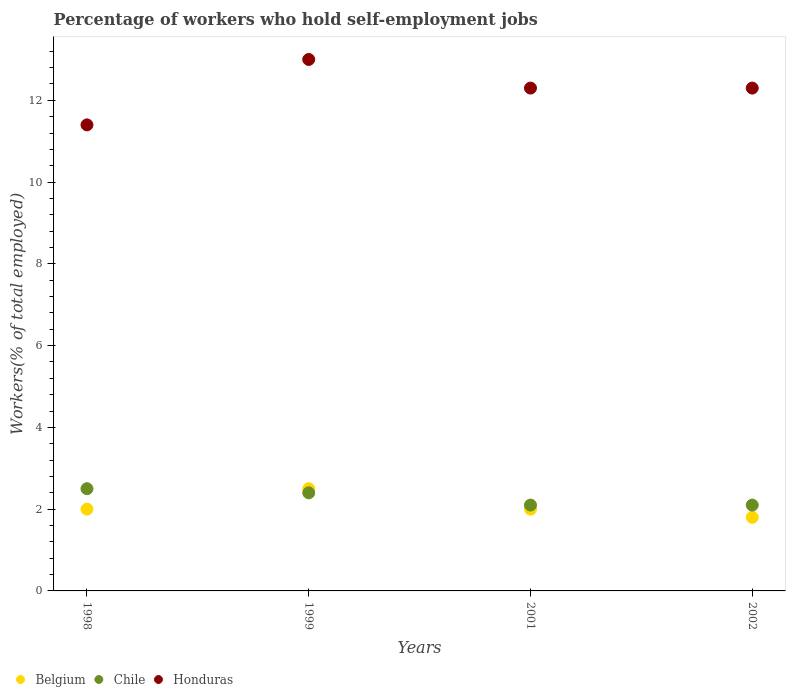
| Years | Belgium | Chile | Honduras |
 | --- | --- | --- | --- |
 | 1998 | 2 | 2.5 | 11.4 |
 | 1999 | 2.5 | 2.4 | 13 |
 | 2001 | 2 | 2.1 | 12.3 |
 | 2002 | 1.8 | 2.1 | 12.3 |